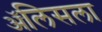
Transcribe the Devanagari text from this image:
ॲलिसला